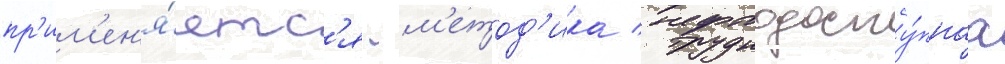
пр'им'ен'я́етс'я -м'етод'ика / труднодосту́пнаа